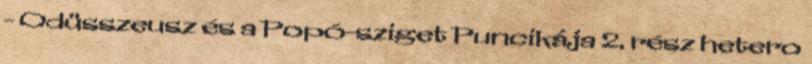
- Odüsszeusz és a Popó-sziget Puncikája 2. rész hetero